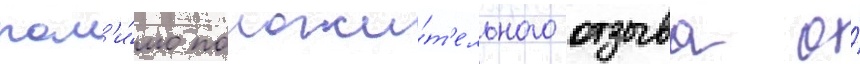
пом'и́мо положи́т'ельного отзыва о́